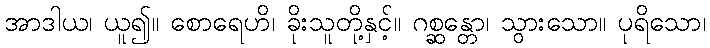
အာဒါယ၊ ယူ၍။ စောရေဟိ၊ ခိုးသူတို့နှင့်။ ဂစ္ဆန္တော၊ သွားသော။ ပုရိသော၊